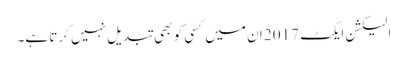
الیکشن ایکٹ 2017 ان میں کسی کو بھی تبدیل نہیں کرتا ہے۔